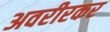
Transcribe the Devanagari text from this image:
अवरीरकर